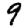
Digit: 9